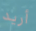
أريد